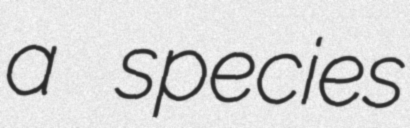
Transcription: a species